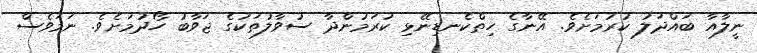
ނީލާއާ ބައްދަލު ކުރުމަށެވެ. އޭނާގެ ހިތްކެނޑިނޭޅި ކުރަމުންދާ ސުވާލުތަކުގެ ޖަވާބު ހޯދުމަށެވެ. ނަމަވެސް